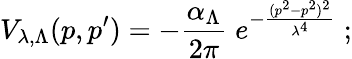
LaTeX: V_{\lambda,\Lambda}(p,p^{\prime})=-\frac{\alpha_{\Lambda}}{2\pi}\; e^{-\frac{(p^{2}-p^{2})^{2}}{\lambda^{4}}}\; ;